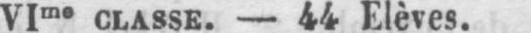
VIme classe. - 44 Elèves.